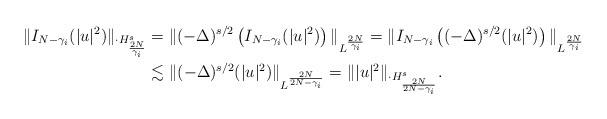
\begin{align*} \|I_{N-\gamma_i}(|u|^2)\|_{\cdot{H}^{s}_{\frac{2N}{\gamma_i}}} &= \|(-\Delta)^{s/2}\left(I_{N-\gamma_i}(|u|^2)\right)\|_{L^{\frac{2N}{\gamma_i}}}= \|I_{N-\gamma_i} \left((-\Delta)^{s/2}(|u|^2)\right)\|_{L^{\frac{2N}{\gamma_i}}}\\ & \lesssim \| (-\Delta)^{s/2} (|u|^2)\|_{L^{\frac{2N}{2N-\gamma_i}}}= \| |u|^2\|_{\cdot{H}_{\frac{2N}{2N-\gamma_i}}^s}.\end{align*}